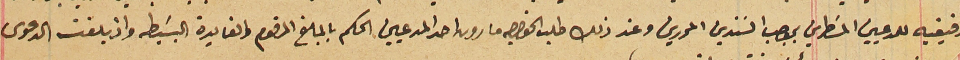
رفيقيه للمدعيين المسَطرين بموجب السَندين المحررين وعند ذلك طلب الخواجه مارون احد المدعيين الحكم بالمبلغ المرقوم والفايدة البسَيطه واذ بلغت الدعوى